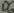
Text: D6